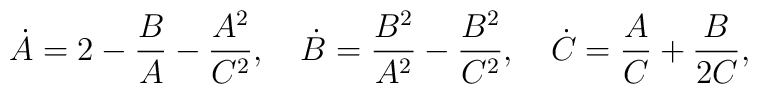
\dot{A}=2-\frac{B}{A}-\frac{A^2}{C^2},\quad\dot{B}=\frac{B^2}{A^2}-\frac{B^2}{C^2},\quad\dot{C}=\frac{A}{C}+\frac{B}{2C},